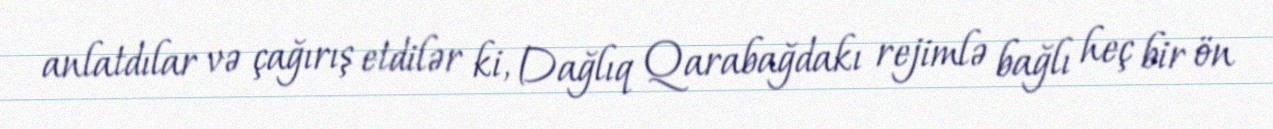
anlatdılar və çağırış etdilər ki, Dağlıq Qarabağdakı rejimlə bağlı heç bir ön